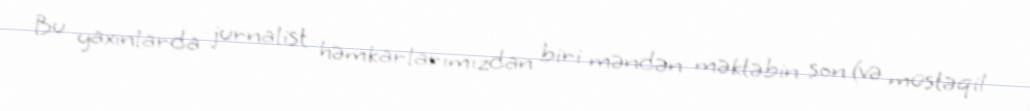
Bu yaxınlarda jurnalist həmkarlarımızdan biri məndən məktəbin son (və müstəqil